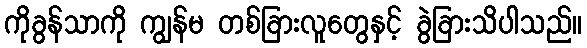
ကိုခွန်သာကို ကျွန်မ တစ်ခြားလူတွေနှင့် ခွဲခြားသိပါသည်။